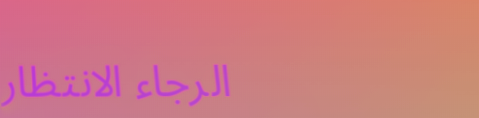
الرجاء الانتظار